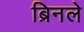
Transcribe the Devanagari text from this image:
ब्रिनले